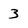
Character: 3